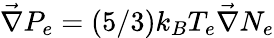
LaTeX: \vec{\nabla}P_{e}=\left(5/3\right)k_{B}T_{e}\vec{\nabla}N_{e}